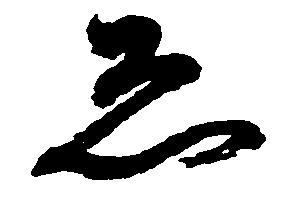
ゑ